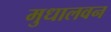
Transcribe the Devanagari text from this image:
मुधालवन